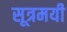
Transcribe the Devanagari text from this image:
सूत्रमयी